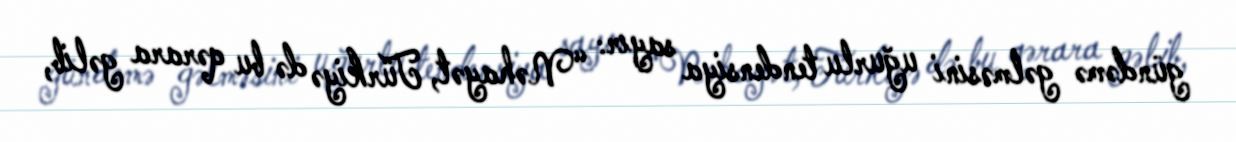
gündəmə gəlməsini uğurlu tendensiya sayır: “Nəhayət, Türkiyə də bu qərara gəlib,